Vaccination North-Western Provinces and Oudh 1896-1901 - 1896-1901
Year: 1896
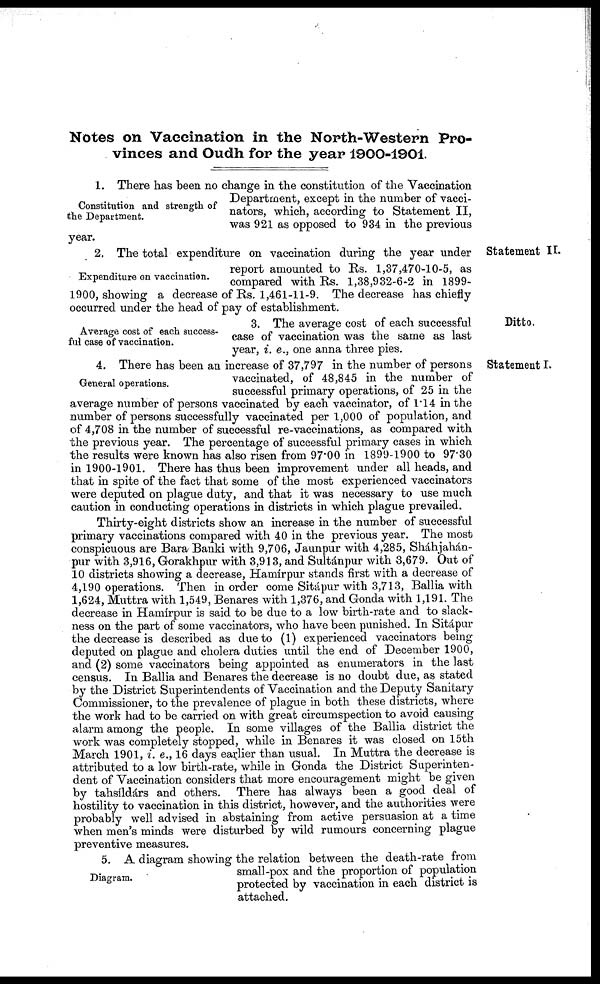
Notes on Vaccination in the North-Western Pro-
vinces and Oudh for the year 1900-1901.
Constitution and strength of
the Department.
1. There has been no change in the constitution of the Vaccination
Department, except in the number of vacci-
nators, which, according to Statement II,
was 921 as opposed to 934 in the previous
year.
Statement II.
Expenditure on vaccination.
2. The total expenditure on vaccination during the year under
report amounted to Rs. 1,37,470-10-5, as
compared with Rs. 1,38,932-6-2 in 1899-
1900, showing a decrease of Rs. 1,461-11-9. The decrease has chiefly-
occurred under the head of pay of establishment.
Ditto.
Average cost of each success-
ful case of vaccination.
3. The average cost of each successful
case of vaccination was the same as last
year, i. e., one anna three pies.
Statement I.
General operations.
4. There has been an increase of 37,797 in the number of persons
vaccinated, of 48,845 in the number of
successful primary operations, of 25 in the
average number of persons vaccinated by each vaccinator, of 1.14 in the
number of persons successfully vaccinated per 1,000 of population, and
of 4,708 in the number of successful re-vaccinations, as compared with
the previous year. The percentage of successful primary cases in which
the results were known has also risen from 97.00 in 1899-1900 to 97.30
in 1900-1901. There has thus been improvement under all heads, and
that in spite of the fact that some of the most experienced vaccinators
were deputed on plague duty, and that it was necessary to use much
caution in conducting operations in districts in which plague prevailed.
Thirty-eight districts show an increase in the number of successful
primary vaccinations compared with 40 in the previous year. The most
conspicuous are Bara Banki with 9,706, Jaunpur with 4,285, Sháhjahán-
pur with 3,916, Gorakhpur with 3,913, and Sultánpur with 3,679. Out of
10 districts showing a decrease, Hamírpur stands first with a decrease of
4,190 operations. Then in order come Sitápur with 3,713, Ballia with
1,624, Muttra with 1,549, Benares with 1,376, and Gonda with 1,191. The
decrease in Hamírpur is said to be due to a low birth-rate and to slack-
ness on the part of some vaccinators, who have been punished. In Sitápur
the decrease is described as due to (1) experienced vaccinators being
deputed on plague and cholera duties until the end of December 1900,
and (2) some vaccinators being appointed as enumerators in the last
census. In Ballia and Benares the decrease is no doubt due, as stated
by the District Superintendents of Vaccination and the Deputy Sanitary
Commissioner, to the prevalence of plague in both these districts, where
the work had to be carried on with great circumspection to avoid causing
alarm among the people. In some villages of the Ballia district the
work was completely stopped, while in Benares it was closed on 15th
March 1901, i. e., 16 days earlier than usual. In Muttra the decrease is
attributed to a low birth-rate, while in Gonda the District Superinten-
dent of Vaccination considers that more encouragement might be given
by tahsíldárs and others. There has always been a good deal of
hostility to vaccination in this district, however, and the authorities were
probably well advised in abstaining from active persuasion at a time
when men's minds were disturbed by wild rumours concerning plague
preventive measures.
Diagram.
5. A diagram showing the relation between the death-rate from
small-pox and the proportion of population
protected by vaccination in each district is
attached.